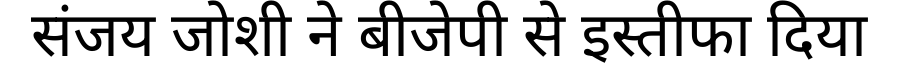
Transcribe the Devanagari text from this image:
संजय जोशी ने बीजेपी से इस्तीफा दिया